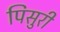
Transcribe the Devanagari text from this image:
पिसुरी